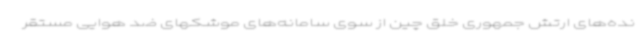
نده‌های ارتش جمهوری خلق چین از سوی سامانه‌های موشکهای ضد هوایی مستقر